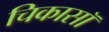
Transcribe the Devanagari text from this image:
चिकासॉ